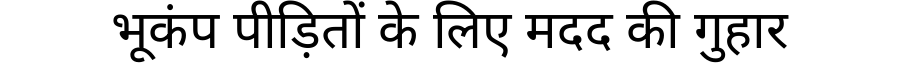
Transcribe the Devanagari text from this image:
भूकंप पीड़ितों के लिए मदद की गुहार